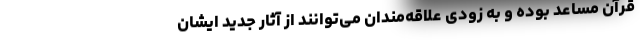
قرآن مساعد بوده و به زودی علاقه‌مندان می‌توانند از آثار جدید ایشان